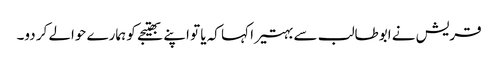
قریش نے ابوطالب سے بہتیرا کہا کہ یا تو اپنے بھتیجے کو ہمارے حوالے کر دو۔